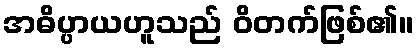
အဓိပ္ပာယဟူသည် ဝိတက်ဖြစ်၏။